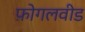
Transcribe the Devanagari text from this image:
फ़ोगलवीड